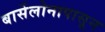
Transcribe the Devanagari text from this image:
बार्सेलोनापासून